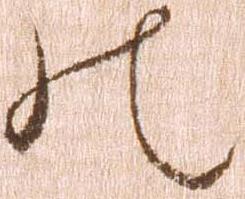
の